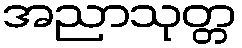
အညာသုတ္တ